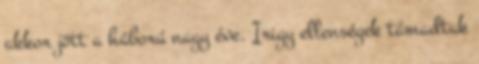
akkor jött a háború nagy éve. Irigy ellenségek támadtak